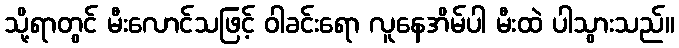
သို့ရာတွင် မီးလောင်သဖြင့် ဝါခင်းရော လူနေအိမ်ပါ မီးထဲ ပါသွားသည်။